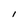
Character: l